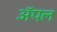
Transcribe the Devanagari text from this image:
अॅपल